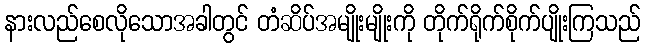
နားလည်စေလိုသောအခါတွင် တံဆိပ်အမျိုးမျိုးကို တိုက်ရိုက်စိုက်ပျိုးကြသည်